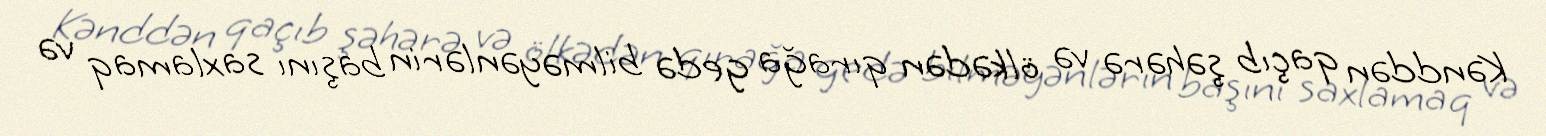
Kənddən qaçıb şəhərə və ölkədən qırağa gedə bilməyənlərin başını saxlamaq və